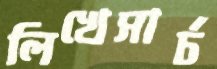
লিখেসার্চ